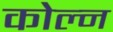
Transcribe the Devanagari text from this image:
कोल्न